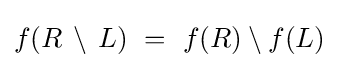
f(R\,\setminus \,L)~=~f(R)\setminus f(L)